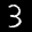
Label: 3